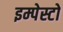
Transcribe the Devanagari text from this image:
इम्पेस्टो